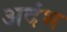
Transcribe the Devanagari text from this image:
अदंभ